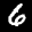
Digit: 6